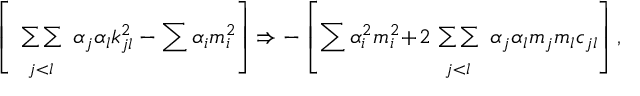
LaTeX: \left[ \begin{array} { c } { { { } } } \\ { { { \sum \sum } } } \\ { { { } _ { j < l } } } \end{array} \alpha _ { j } \alpha _ { l } k _ { j l } ^ { 2 } - \sum \alpha _ { i } m _ { i } ^ { 2 } \right] \Rightarrow - \left[ \sum \alpha _ { i } ^ { 2 } m _ { i } ^ { 2 } \! + \! 2 \! \begin{array} { c } { { { } } } \\ { { { \sum \sum } } } \\ { { { } _ { j < l } } } \end{array} \alpha _ { j } \alpha _ { l } m _ { j } m _ { l } c _ { j l } \right] ,